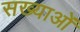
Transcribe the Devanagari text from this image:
सख्याओं